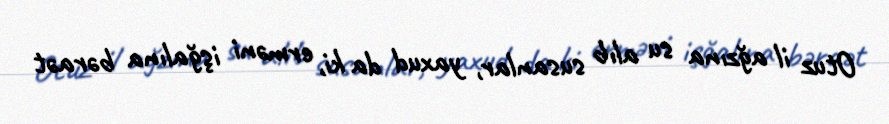
Otuz il ağzına su alıb susanlar, yaxud da ki, erməni işğalına bəraət